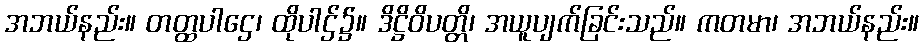
အဘယ်နည်း။ တတ္ထပါဌေ၊ ထိုပါဌ်၌။ ဒိဋ္ဌိဝိပတ္တိ၊ အယူပျက်ခြင်းသည်။ ကတမာ၊ အဘယ်နည်း။